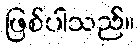
ဖြစ်ပါသည်။